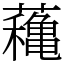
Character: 蘒